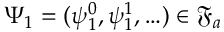
\Psi _ { 1 } = ( \psi _ { 1 } ^ { 0 } , \psi _ { 1 } ^ { 1 } , \ldots ) \in \mathfrak { F } _ { a }